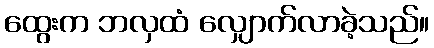
ထွေးက ဘလှထံ လျှောက်လာခဲ့သည်။